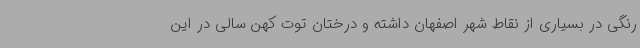
رنگی در بسیاری از نقاط شهر اصفهان داشته و درختان توت کهن سالی در این